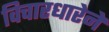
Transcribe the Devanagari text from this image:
विचारधारेने